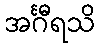
အင်္ဂီရသိ